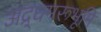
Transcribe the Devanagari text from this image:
अद्र्धमरूभूमि